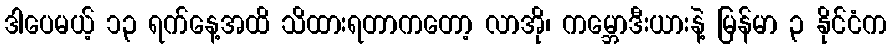
ဒါပေမယ့် ၁၃ ရက်နေ့အထိ သိထားရတာကတော့ လာအို၊ ကမ္ဘောဒီးယားနဲ့ မြန်မာ ၃ နိုင်ငံက